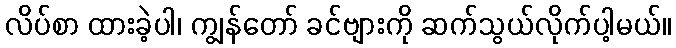
လိပ်စာ ထားခဲ့ပါ၊ ကျွန်တော် ခင်ဗျားကို ဆက်သွယ်လိုက်ပါ့မယ်။